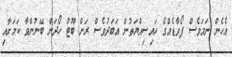
އެހެން ނަމަވެސް ފޯވާޑެއްގެ ހައިސިއްޔަތުން އަބަދުވެސް ރަން ބޫޓު ހޯދަން ބޭނުންވާ ކަމަށާއި